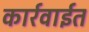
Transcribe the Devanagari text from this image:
कार्रवाईत